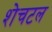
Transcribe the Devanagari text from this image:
शेचटल